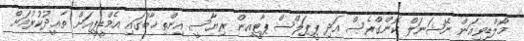
މޯލްޑިވިއަން ނޭޝަނަލް ކޮންގްރެސް އަދި ޕީޕަލްސް ޕާޓީއިން ރިޔާސީ އިންތިޚާބުގައި އެމްޑީޕީއަށް ތާޢީދުކުރުމަށް